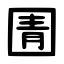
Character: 圊